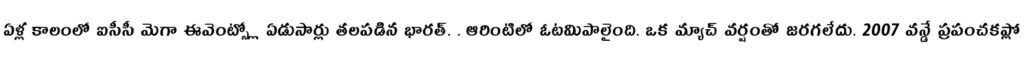
ఏళ్ల కాలంలో ఐసీసీ మెగా ఈవెంట్స్లో ఏడుసార్లు తలపడిన భారత్. . ఆరింటిలో ఓటమిపాలైంది. ఒక మ్యాచ్ వర్షంతో జరగలేదు. 2007 వన్డే ప్రపంచకప్లో